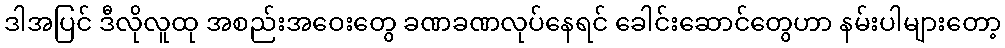
ဒါအပြင် ဒီလိုလူထု အစည်းအဝေးတွေ ခဏခဏလုပ်နေရင် ခေါင်းဆောင်တွေဟာ နမ်းပါများတော့